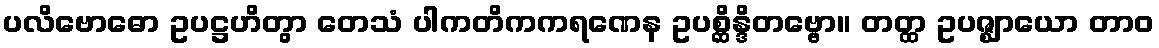
ပလိဗောဓော ဥပဋ္ဌဟိတွာ တေသံ ပါကတိကကရဏေန ဥပစ္ဆိန္ဒိတဗ္ဗော။ တတ္ထ ဥပဇ္ဈာယော တာဝ